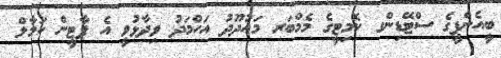
ބީއެންޕީގެ ސްޓޭޑިންގ ކޮމިޓީގެ މެމްބަރ މައުދޫދު އަހްމަދު ވިދާޅުވީ އެ ޕާޓީން ކަމާލް